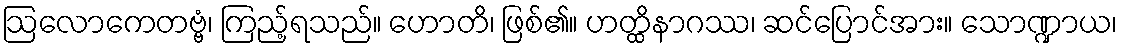
ဩလောကေတဗ္ဗံ၊ ကြည့်ရသည်။ ဟောတိ၊ ဖြစ်၏။ ဟတ္ထိနာဂဿ၊ ဆင်ပြောင်အား။ သောဏ္ဍာယ၊